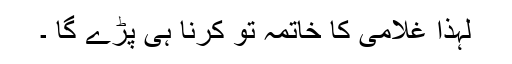
لہذا غلامی کا خاتمہ تو کرنا ہی پڑے گا ۔